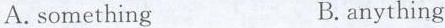
A.something B.anything